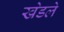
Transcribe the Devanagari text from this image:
खेडले